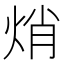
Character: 焇